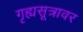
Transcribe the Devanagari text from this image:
गृह्यसूत्रावर